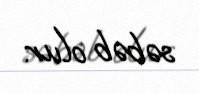
səbəb olur.